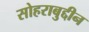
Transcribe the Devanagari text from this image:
सोहराबुद्दीन